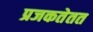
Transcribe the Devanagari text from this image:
प्रजकतेतत